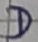
Text: D